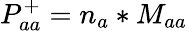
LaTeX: P_{aa}^{+}=n_{a}*M_{aa}